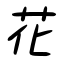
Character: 花